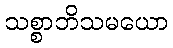
သစ္စာဘိသမယော